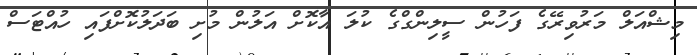
މިޝްއަލް މަރުވިރޭގެ ފަހުން ސީލިންގްގެ ކުލަ އާކޮށް އަލުން މުށި ބަދަލުކޮށްފައި ހުއްޓަސް